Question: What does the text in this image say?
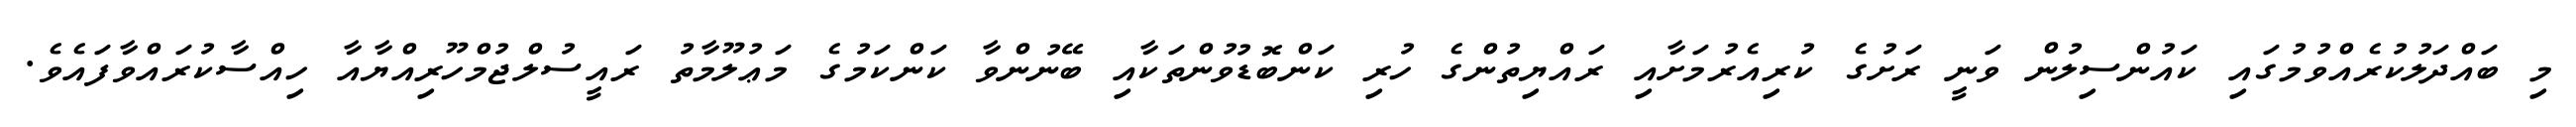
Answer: މި ބައްދަލުކުރެއްވުމުގައި ކައުންސިލުން ވަނީ ރަށުގެ ކުރިއެރުމަށާއި ރައްޔިތުންގެ ހުރި ކަންބޮޑުވުންތަކާއި ބޭނުންވާ ކަންކަމުގެ މަޢުލޫމާތު ރައީސުލްޖުމްހޫރިއްޔާއާ ހިއްސާކުރައްވާފައެވެ.